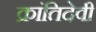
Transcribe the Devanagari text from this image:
क्रांतिदेवी